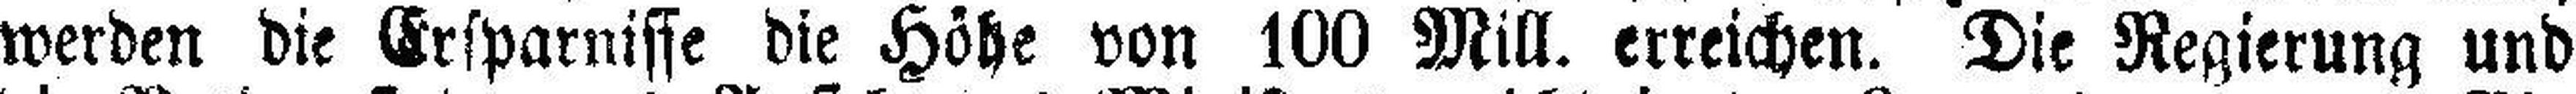
werden die Ersparnisse die Höhe von 100 Mill. erreichen. Die Regierung und